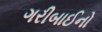
ગરીબાઈનો